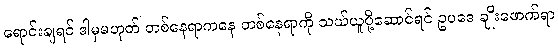
ရောင်းချရင် ဒါမှမဟုတ် တစ်နေရာကနေ တစ်နေရာကို သယ်ယူပို့ဆောင်ရင် ဥပဒေ ချိုးဖောက်ရာ